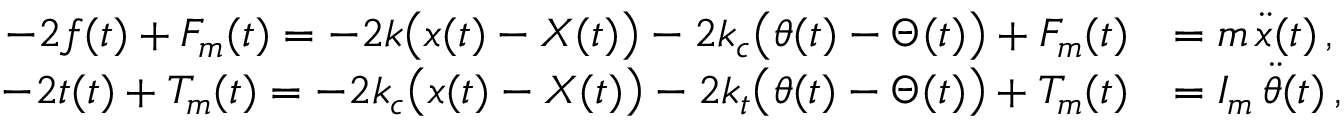
\begin{array} { r l } { - 2 f ( t ) + F _ { m } ( t ) = - 2 k \big ( x ( t ) - X ( t ) \big ) - 2 k _ { c } \big ( \theta ( t ) - \Theta ( t ) \big ) + F _ { m } ( t ) } & { = m \, \ddot { x } ( t ) \, , } \\ { - 2 t ( t ) + T _ { m } ( t ) = - 2 k _ { c } \big ( x ( t ) - X ( t ) \big ) - 2 k _ { t } \big ( \theta ( t ) - \Theta ( t ) \big ) + T _ { m } ( t ) } & { = I _ { m } \, \ddot { \theta } ( t ) \, , } \end{array}